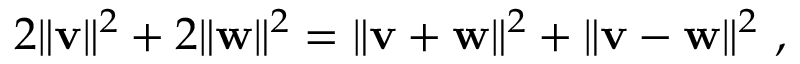
2 \| \mathbf { v } \| ^ { 2 } + 2 \| \mathbf { w } \| ^ { 2 } = \| \mathbf { v + w } \| ^ { 2 } + \| \mathbf { v - w } \| ^ { 2 } \ ,